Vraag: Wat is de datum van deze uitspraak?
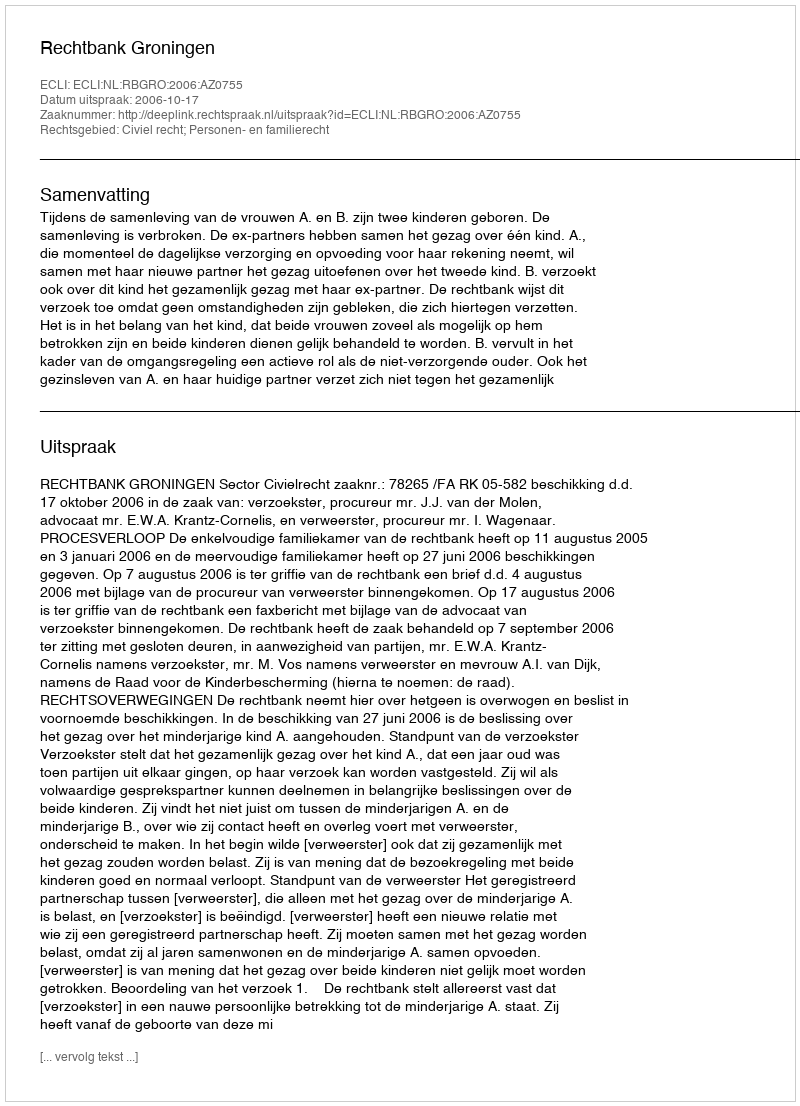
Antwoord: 2006-10-17